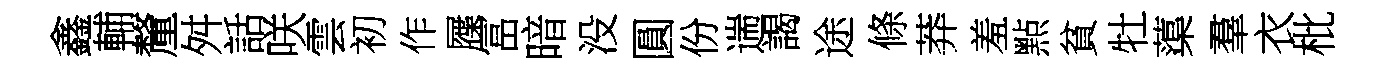
鑫輔釐舛話咲雲初作屧冨暗没圓份遄謁途條莽羞㸃貧牡蕖羣衣枇